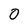
Character: 0